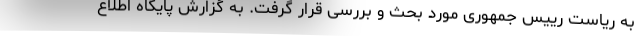
به ریاست رییس جمهوری مورد بحث و بررسی قرار گرفت. به گزارش پایگاه اطلاع